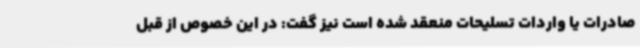
صادرات یا واردات تسلیحات منعقد شده است نیز گفت: در این خصوص از قبل